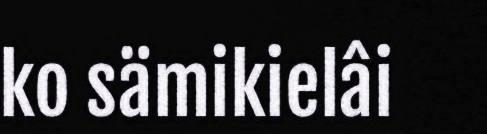
ko sämikielâi